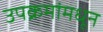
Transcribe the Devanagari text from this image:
उपक्रमांमधून